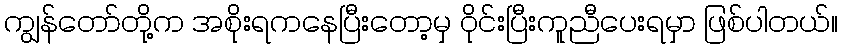
ကျွန်တော်တို့က အစိုးရကနေပြီးတော့မှ ဝိုင်းပြီးကူညီပေးရမှာ ဖြစ်ပါတယ်။